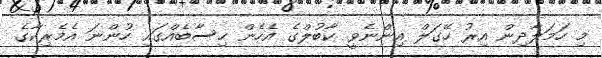
މި ހަމަލާދިން އިރު ހޭގަލް އިންނެވީ ކާބުލްގެ އެހެން ހިސާބެއްގައި ހުންނަ އެމެރިކާގެ